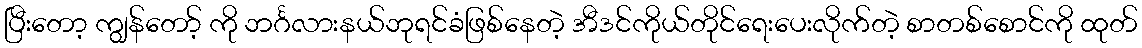
ပြီးတော့ ကျွန်တော့် ကို ဘင်္ဂလားနယ်ဘုရင်ခံဖြစ်နေတဲ့ အီဒင်ကိုယ်တိုင်ရေးပေးလိုက်တဲ့ စာတစ်စောင်ကို ထုတ်